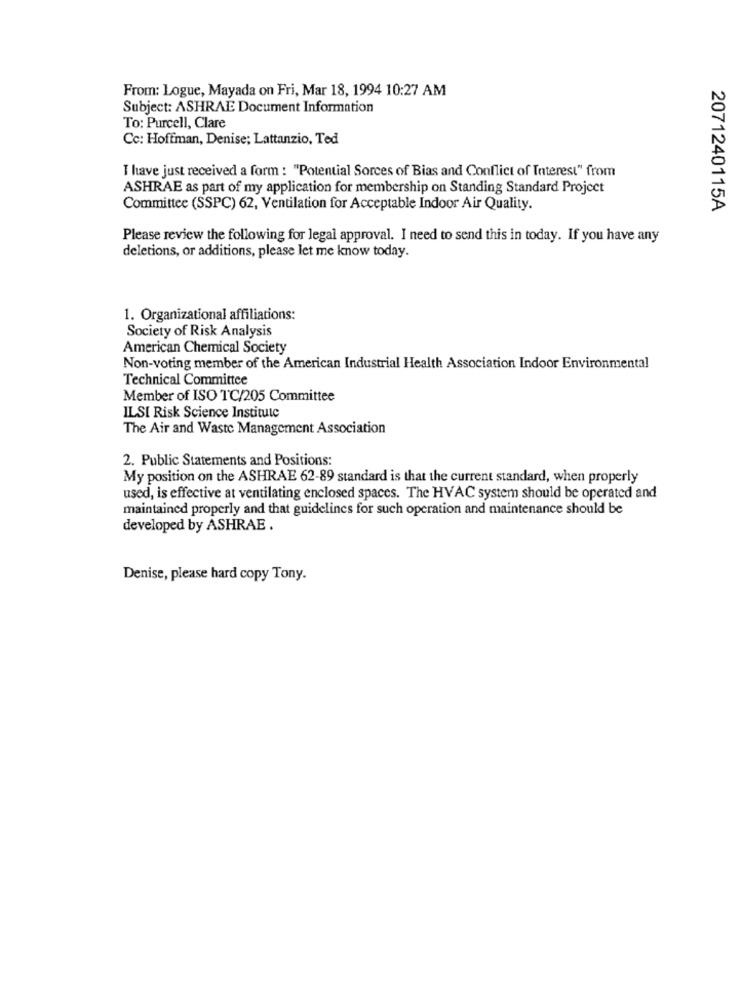
From: Logue, Mayada on Fri, Mar 18, 1994 10:27 AM
Subject: ASHRAE Document Information
To: Purcell, Clare
Cc: Hoffman, Denise; Lattanzio, Ted
I have just received a form : "Potential Sorces of Bias and Conflict of Interest" from
ASHRAE as part of my application for membership on Standing Standard Project
Committee (SSPC) 62, Ventilation for Acceptable Indoor Air Quality.
2071240115A
Please review the following for legal approval. I need to send this in today. If you have any
deletions, or additions, please let me know today.
1. Organizational affiliations:
Society of Risk Analysis
American Chemical Society
Non-voting member of the American Industrial Health Association Indoor Environmental
Technical Committee
Member of ISO TC/205 Committee
ILSI Risk Science Institute
The Air and Waste Management Association
2. Public Statements and Positions:
My position on the ASHRAE 62-89 standard is that the current standard, when properly
used, is effective at ventilating enclosed spaces. The HVAC system should be operated and
maintained properly and that guidelines for such operation and maintenance should be
developed by ASHRAE .
Denise, please hard copy Tony.